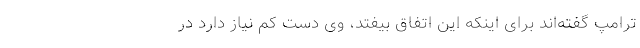
ترامپ گفته‌اند برای اینکه این اتفاق بیفتد،‌ وی دست کم نیاز دارد در